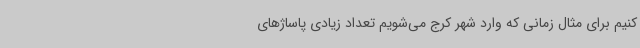
کنیم برای مثال زمانی که وارد شهر کرج می‌شویم تعداد زیادی پاساژهای